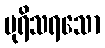
ပုရိသရသော